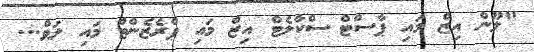
"ލޫން އިޒް މައި ޕާސްޓް ސްކާލެޓް އިޒް މައި ޕްރެޒެންޓް މައި ލަވް...